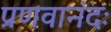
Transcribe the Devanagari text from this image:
प्रणवानंदः